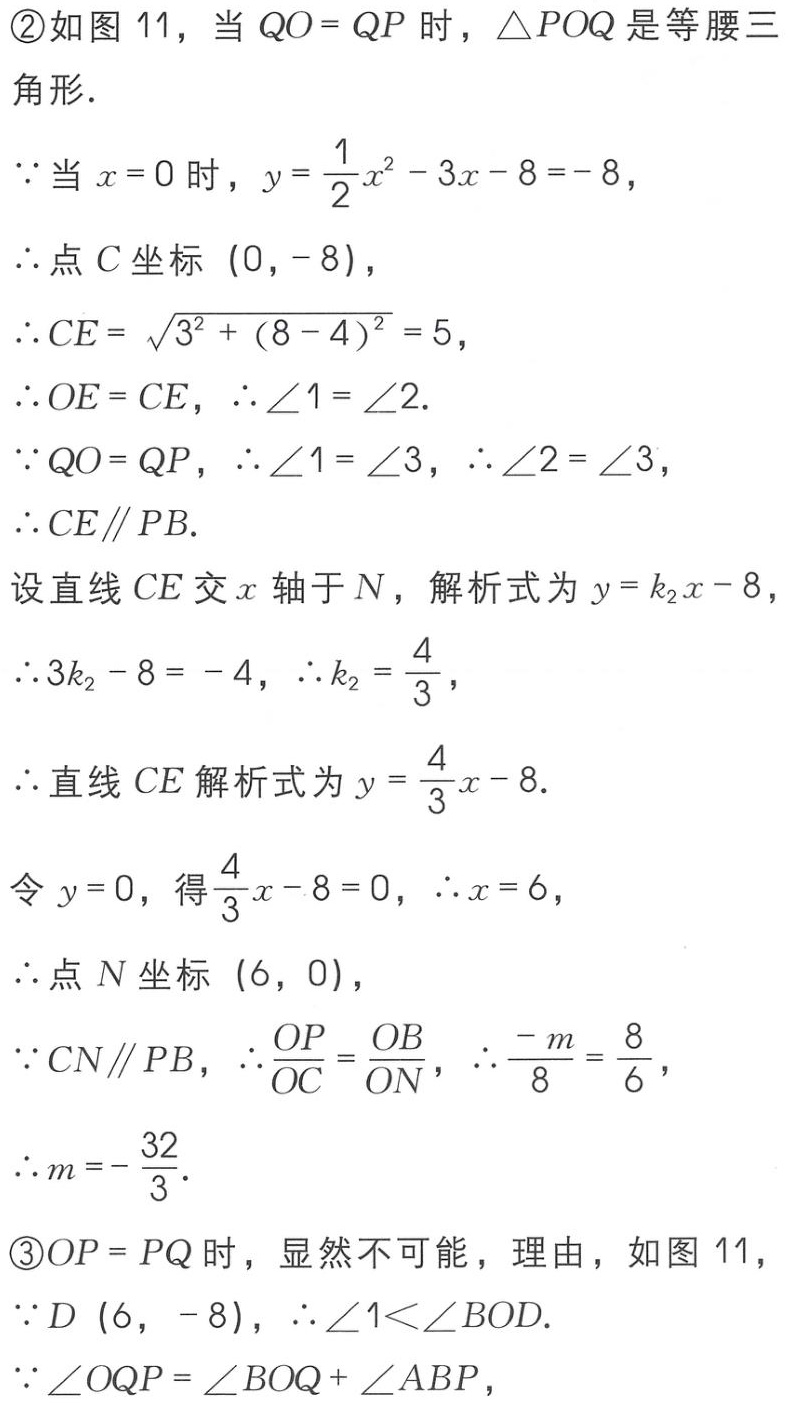
\textcircled{2}如图 11，当 \(QO = QP\) 时，\(\triangle POQ\) 是等腰三角形．

\(\because\)当 \(x = 0\) 时，\(y=\frac{1}{2}x^{2}-3x - 8=-8\)，

\(\therefore\)点 \(C\) 坐标 \((0,-8)\)，

\(\therefore CE=\sqrt{3^{2}+(8 - 4)^{2}} = 5\)，

\(\therefore OE = CE\)，\(\therefore\angle1=\angle2\).

\(\because QO = QP\)，\(\therefore\angle1=\angle3\)，\(\therefore\angle2=\angle3\)，

\(\therefore CE\parallel PB\).

设直线 \(CE\) 交 \(x\) 轴于 \(N\)，解析式为 \(y = k_{2}x-8\)

\(\therefore 3k_{2}-8=-4\)，\(\therefore k_{2}=\frac{4}{3}\)，

\(\therefore\)直线 \(CE\) 解析式为 \(y=\frac{4}{3}x - 8\).

令 \(y = 0\)，得 \(\frac{4}{3}x-8 = 0\)，\(\therefore x = 6\)，

\(\therefore\)点 \(N\) 坐标 \((6,0)\)，

\(\because CN\parallel PB\)，\(\therefore\frac{OP}{OC}=\frac{OB}{ON}\)，\(\therefore\frac{-m}{8}=\frac{8}{6}\)，

\(\therefore m=-\frac{32}{3}\).

\textcircled{3}\(OP = PQ\) 时，显然不可能，理由，如图 11，

\(\because D(6,-8)\)，\(\therefore\angle1\lt\angle BOD\).

\(\because\angle OQP=\angle BOQ+\angle ABP\)，